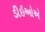
ડીઇઓએ